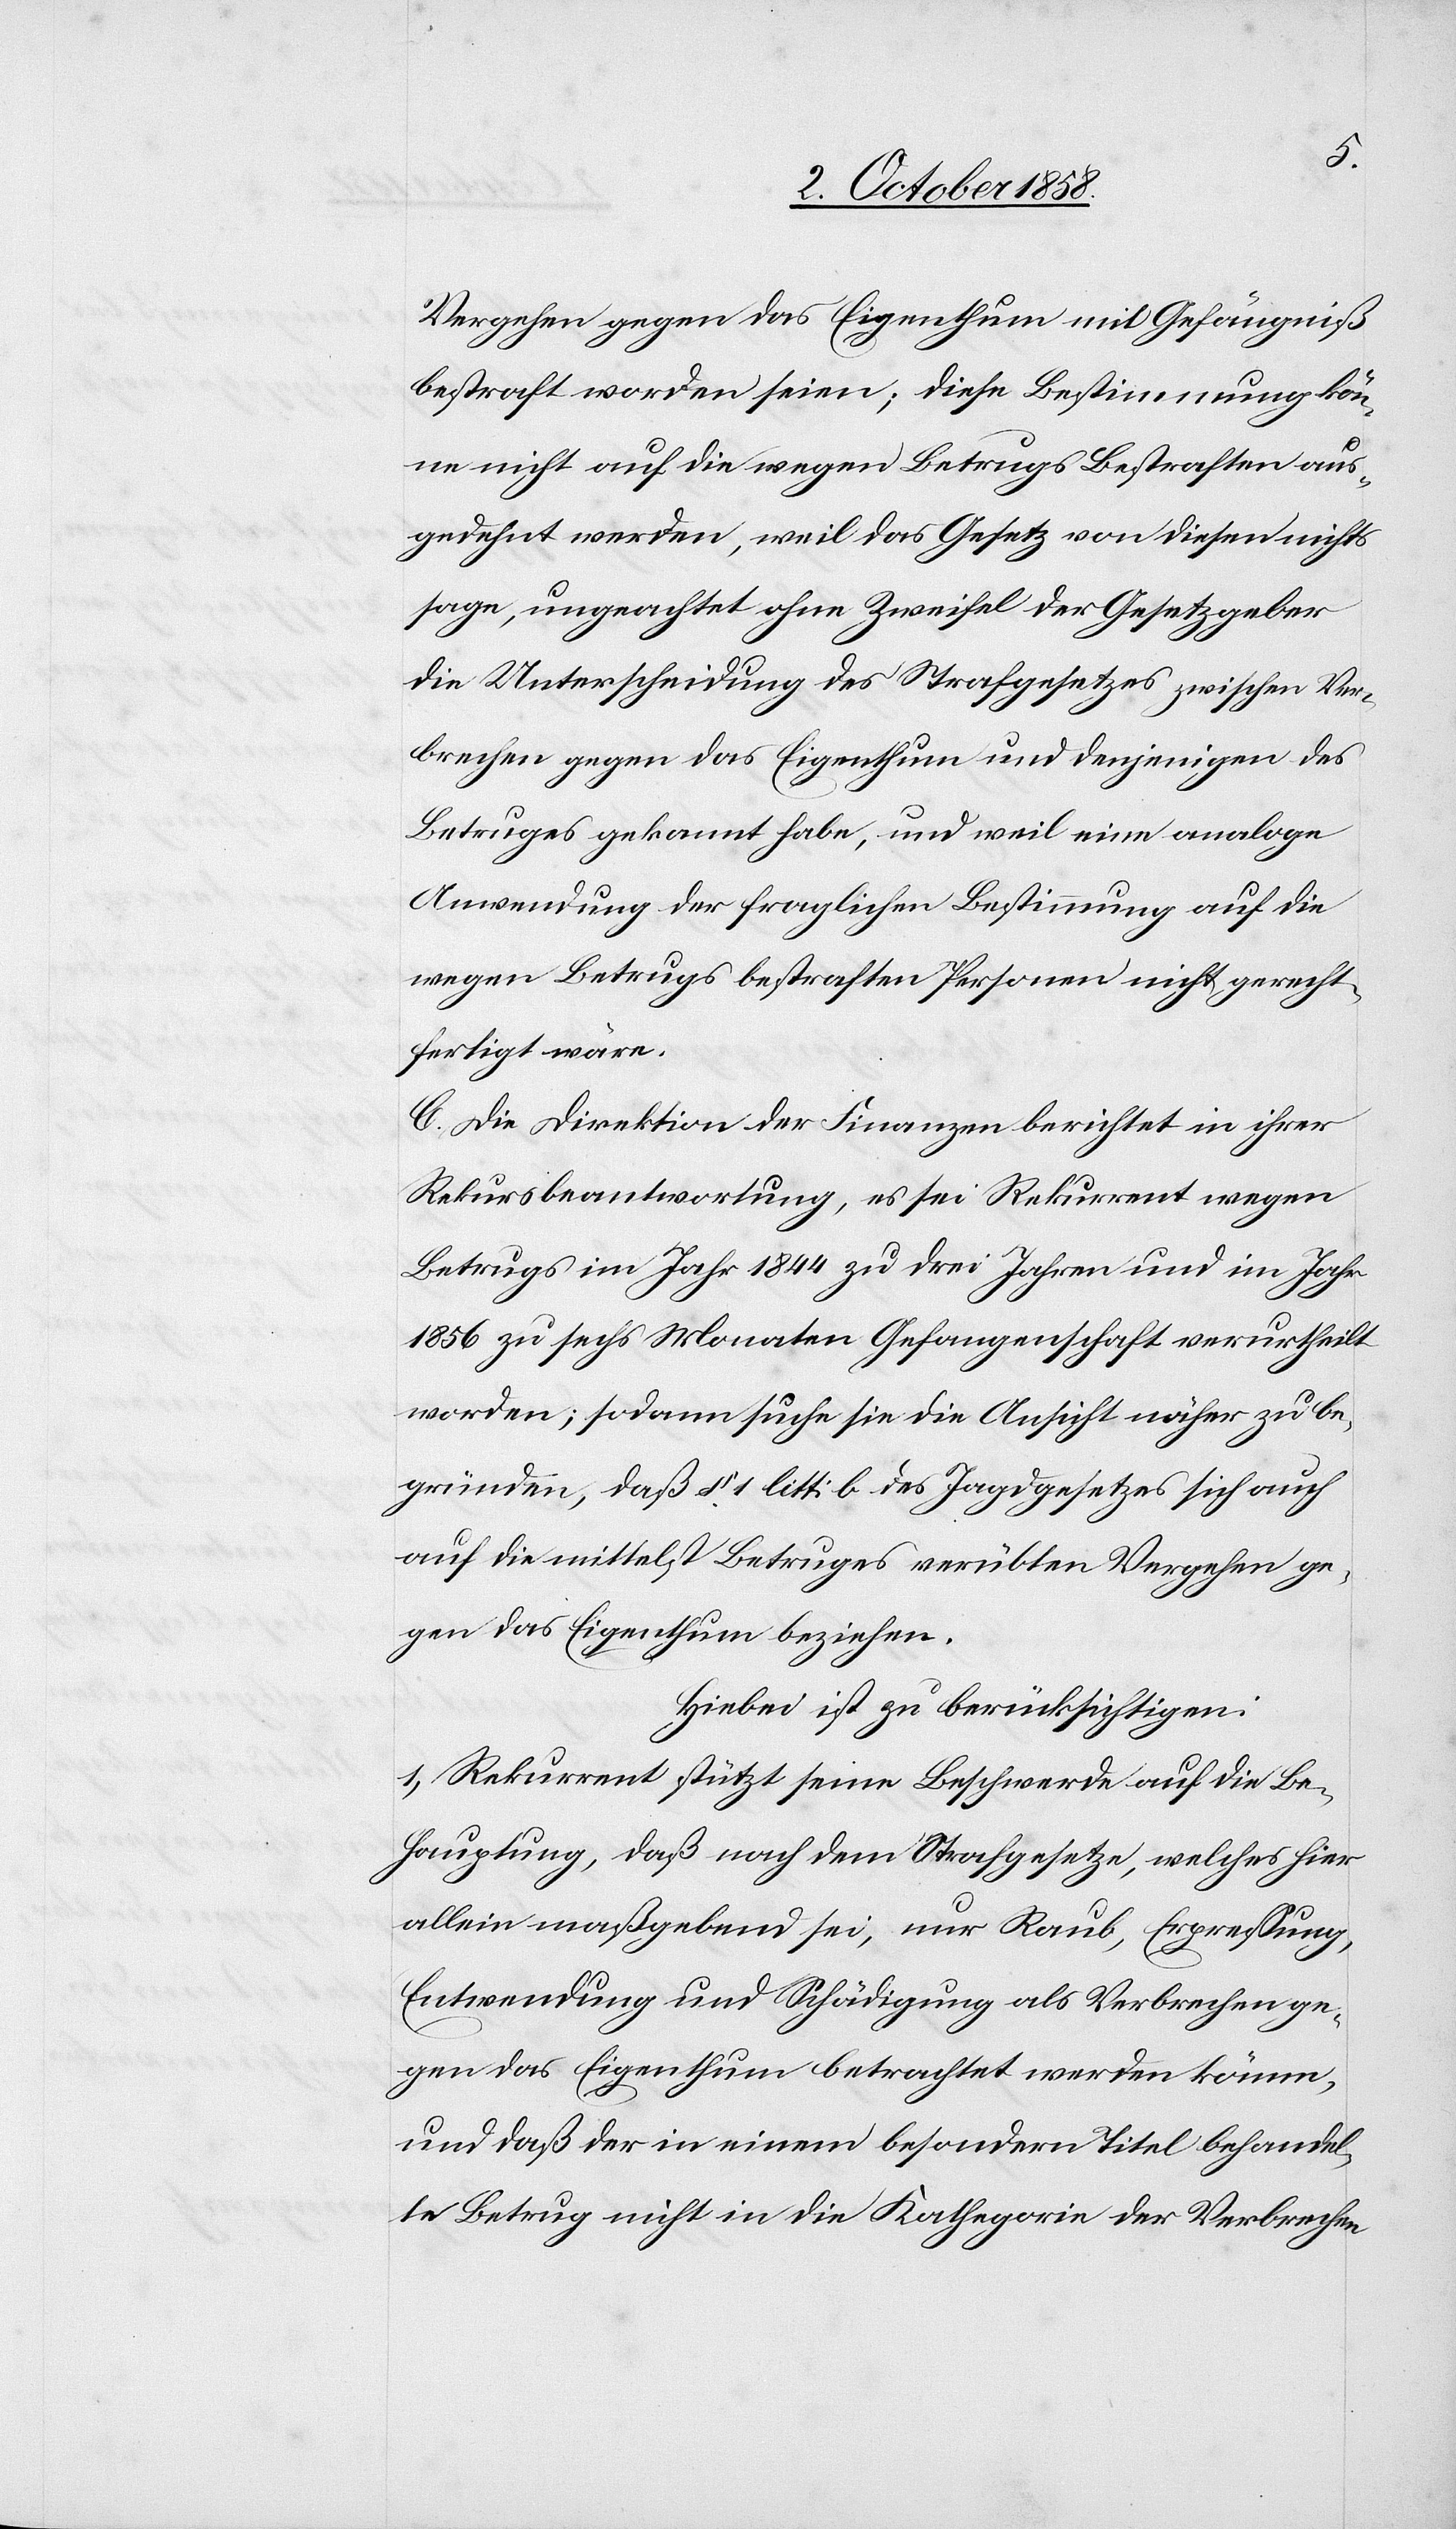
Vergehen gegen das Eigenthum mit Gefängniß
bestraft worden seien; diese Bestimmung kön¬
ne nicht auf die wegen Betrugs Bestraften aus¬
gedehnt werden, weil das Gesetz von diesen nichts
sage, ungeachtet ohne Zweifel der Gesetzgeber
die Unterscheidung des Strafgesetzes zwischen Ver¬
brechen gegen das Eigenthum und denjenigen des
Betruges gekannt habe, und weil eine analoge
Anwendung der fraglichen Bestimmung auf die
wegen Betrugs bestraften Personen nicht gerecht¬
fertigt wäre.
C. Die Direktion der Finanzen berichtet in ihrer
Rekursbeantwortung, es sei Rekurrent wegen
Betrugs im Jahr 1844 zu drei Jahren und im Jahr
1856 zu sechs Monaten Gefangenschaft verurtheilt
worden; sodann suche sie die Ansicht näher zu be¬
gründen, daß § 1 litt: b des Jagdgesetzes sich auch
auf die mittelst Betruges verübten Vergehen ge¬
gen das Eigenthum beziehen.
Hiebei ist zu berücksichtigen:
1) Rekurrent stützt seine Beschwerde auf die Be¬
hauptung, daß nach dem Strafgesetze, welches hier
allein maßgebend sei, nur Raub, Erpressung,
Entwendung und Schädigung als Verbrechen ge¬
gen das Eigenthum betrachtet werden könne,
und daß der in einem besondern Titel behandel¬
te Betrug nicht in die Kathegorie der Verbrechen